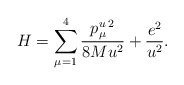
\begin{align*}H=\sum _{\mu=1}^{4}\frac{p^u_\mu{}^{\,2}}{8Mu^2}+\frac{e^2}{u^2}.\end{align*}